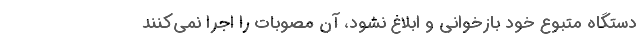
دستگاه متبوع خود بازخوانی و ابلاغ نشود، آن مصوبات را اجرا نمی‌کنند